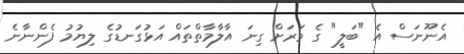
އެނޫނަސް އެ "ބަލީ" ގެ ވަރަށް ގިނަ އާލާމާތްތައް އަޅުގަނޑުގެ ލިޔުމު ފެންނާނެ